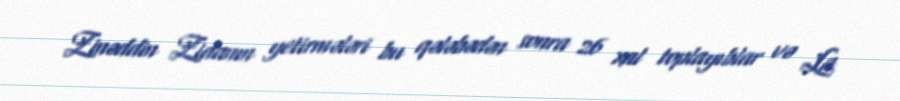
Zinəddin Zidanın yetirmələri bu qələbədən sonra 26 xal toplayıblar və La